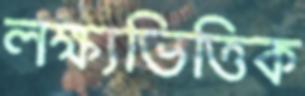
লক্ষ্যভিত্তিক